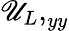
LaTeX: {\mathscr{U}_{L},}_{yy}